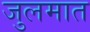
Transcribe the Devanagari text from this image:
जुलमात